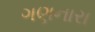
ગણનારા